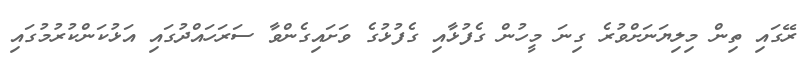
ރޭގައި ތިން މިލިޔަނަށްވުރެ ގިނަ މީހުން ގެފުޅާއި ގެފުޅުގެ ވަށައިގެންވާ ސަރަހައްދުގައި އަޅުކަންކުރުމުގައި